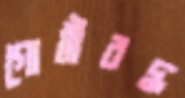
গোষ্ঠীবদ্ধ